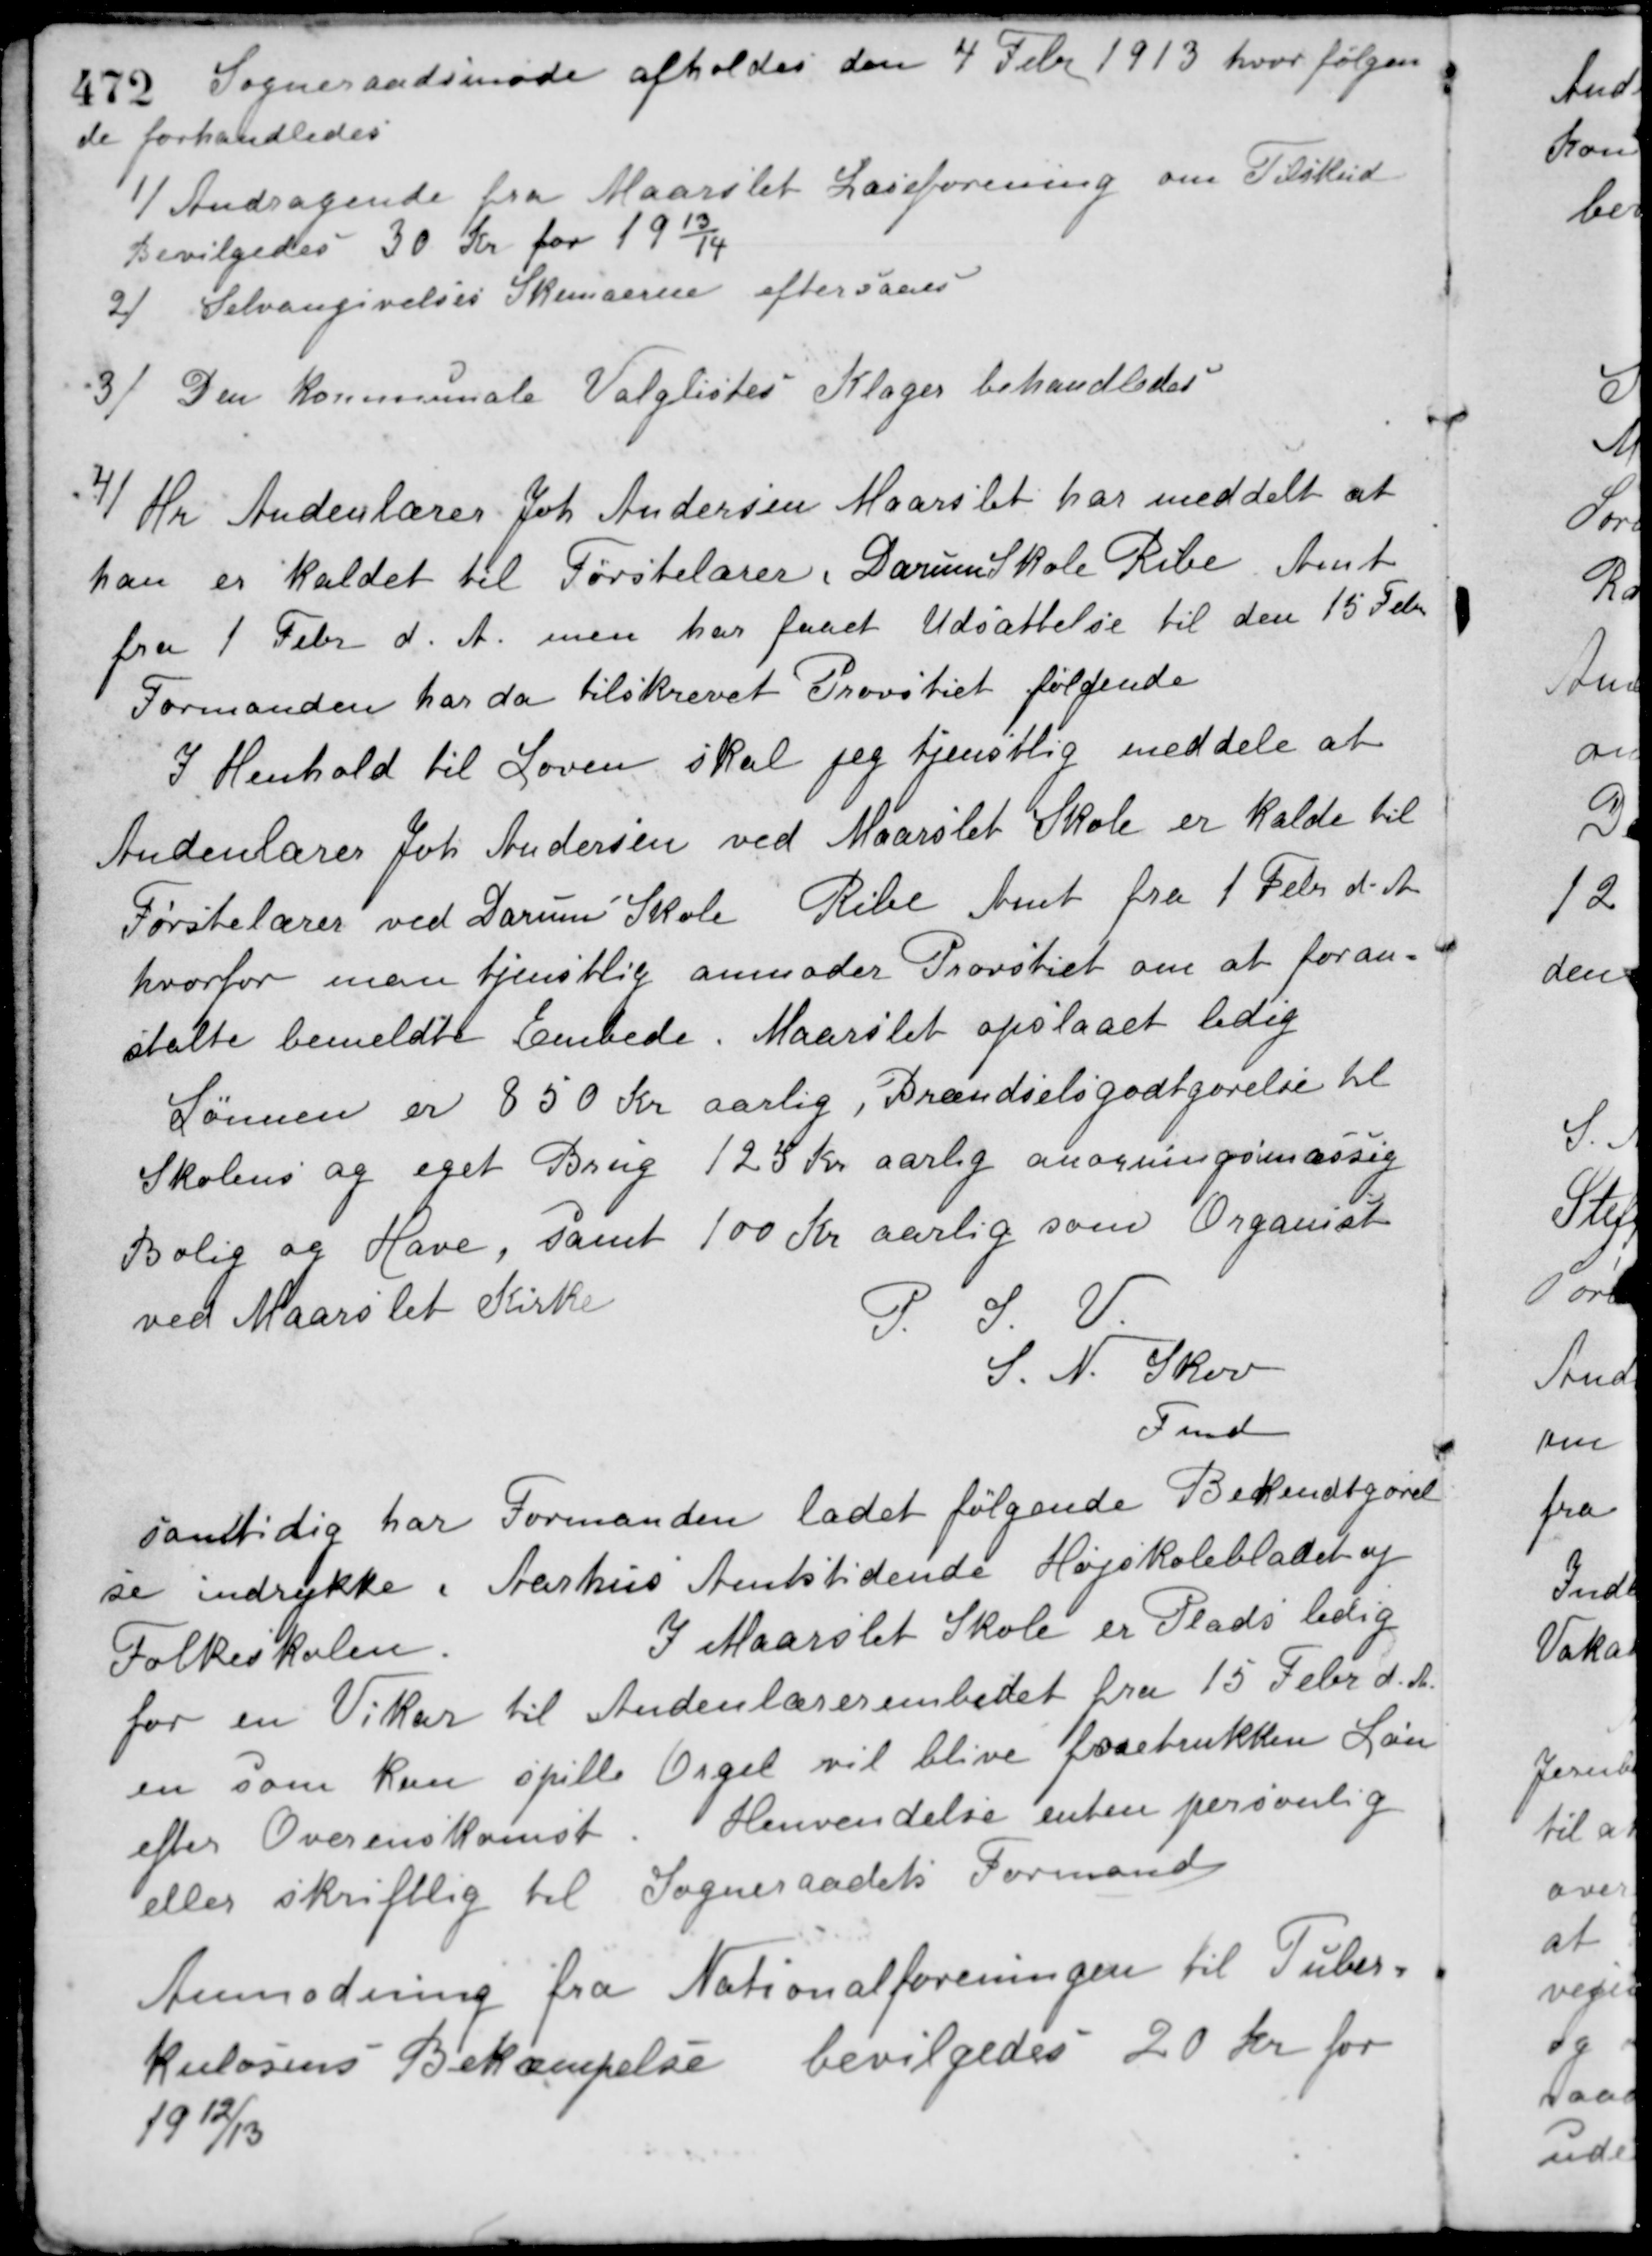
Transskription:
Sogneraadsmøde afholdes den 4 Febr 1913 hvor følgen-
de forhandledes
1/ Andragende fra Maarslet Læseforening om Tilskud.
Bevilgedes 30 Kr. for 1913/14.
2/ Selvangivelses Skemaerne eftersaaes.
3/ Den kommunale Valglistes Klager behandledes.
4/ Hr. Andenlærer Joh. Andersen Maarslet har meddelt at
han er kaldet til Førstelærer, Darum Skole Ribe Amt
fra 1 Febr d. A. men har faaet Udsættelse til den 15 Febr
Formanden har da tilskrevet Provstiet følgende
I Henhold til Loven skal jeg tjenstlig meddele at
Andenlærer Joh Andersen ved Maarslet Skole er kalde til
Førstelærer ved Darum Skole Ribe Amt fra 1 Febr d. A.
hvorfor man tjenstlig anmoder Provstiet om at foran-
stalte bemeldte Embede i Maarslet opslaaet ledig
Lønnen er 850 Kr. aarlig, Brændselsgodtgørelse til
Skolens og eget Brug 125 Kr. aarlig ansøgningsmæssig
Bolig og Have, samt 100 Kr. aarlig som Organist
ved Maarslet Kirke.
P. S. V.
S. N. Skov
Fmd
samtidig har Formanden ladet følgende Bekendtgørel-
se indrykke i Aarhus Amtstidende Højskolebladet og
Folkeskolen.
I Maarslet Skole er Plads ledig
for en Vikar til Andenlærerembedet fra 15 Febr d. A.
en som kan spille Orgel vil blive foretrukken Løn
efter Overenskomst. Henvendelse enten personlig
eller skriftlig til Sogneraadets Formand.
Anmodning fra Nationalforeningen til Tuber-
kulosens Bekæmpelse bevilgedes 20 Kr. for
1912/13.